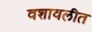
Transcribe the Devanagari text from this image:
वशावलीत